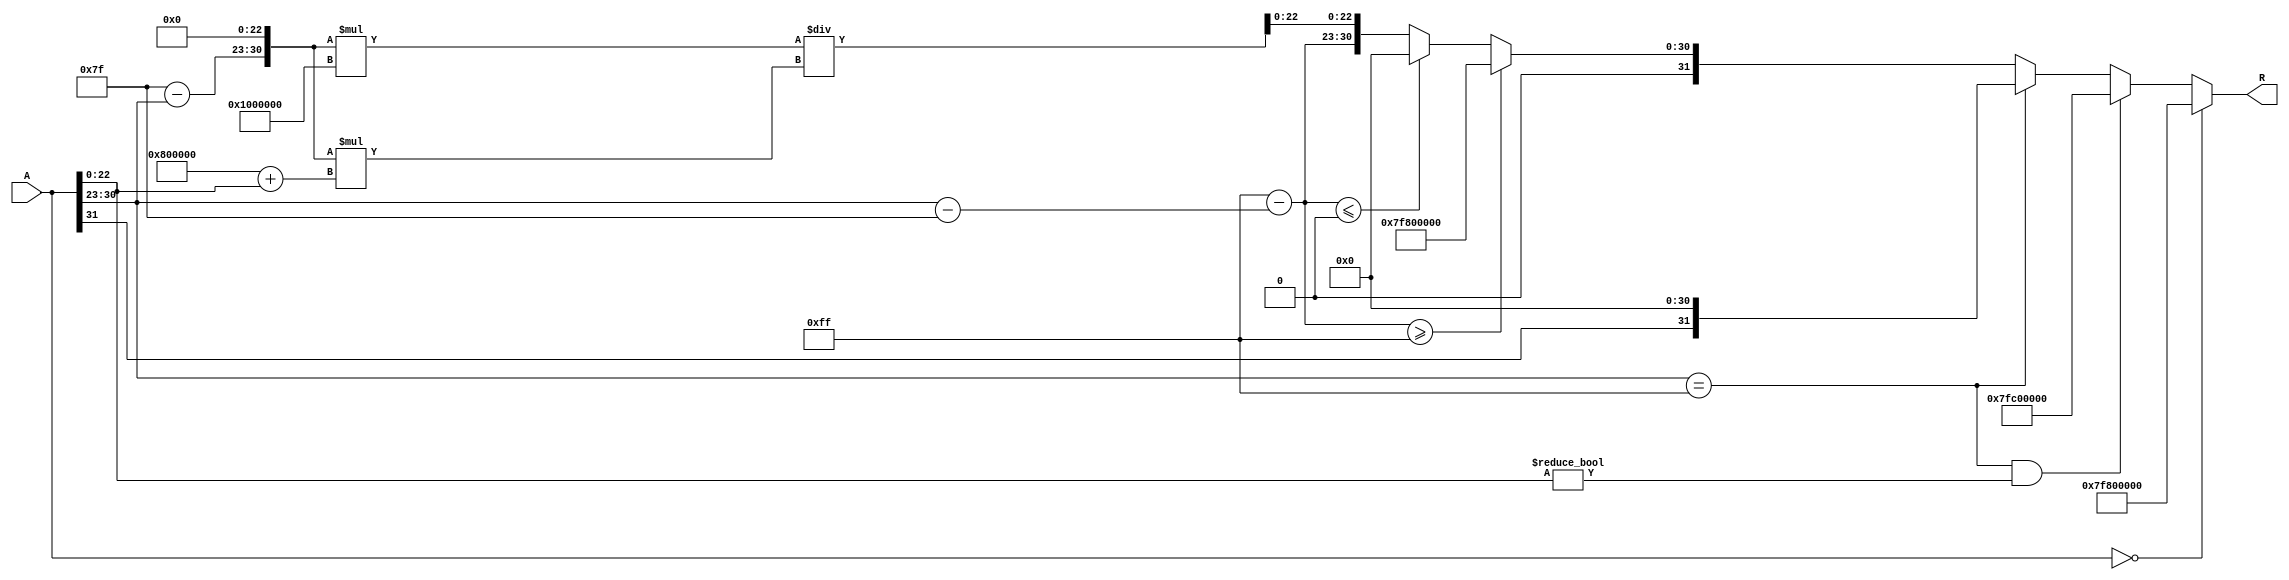
module floating_point_reciprocal (
    input  [31:0] A,  // Input: 32-bit IEEE 754 floating-point number
    output reg [31:0] R // Output: 32-bit IEEE 754 floating-point reciprocal
);

    // Internal signals
    reg [7:0] E_A; // Exponent of input A
    reg [22:0] M_A; // Mantissa of input A
    reg S_A; // Sign of input A
    reg [7:0] E_R; // Exponent of output R
    reg [22:0] M_R; // Mantissa of output R
    reg S_R; // Sign of output R
    reg [31:0] approx; // Approximation of reciprocal
    reg [31:0] temp; // Temporary variable for calculations
    reg [7:0] exp_diff; // Difference in exponent for normalization

    // Constants
    localparam ZERO = 32'h00000000;
    localparam INF = 32'h7F800000;
    localparam NaN = 32'h7FC00000;

    always @(*) begin
        // Decompose input A
        S_A = A[31];
        E_A = A[30:23];
        M_A = A[22:0];

        // Handle special cases
        if (A == ZERO) begin
            // If A is zero, output should be infinity with the same sign
            R = S_A ? INF : {1'b0, 8'hFF, 23'b0}; // -INF or +INF
        end else if (A[30:23] == 8'hFF && A[22:0] != 23'b0) begin
            // If A is NaN, propagate NaN
            R = NaN;
        end else if (A[30:23] == 8'hFF) begin
            // If A is infinity, output should be zero with the same sign
            R = {S_A, 8'b0, 23'b0}; // -0 or +0
        end else begin
            // Normal case: calculate reciprocal
            // Initial approximation using bit manipulation (fast inverse)
            approx = {1'b0, 8'h7F - E_A, 23'b0}; // Initial approximation
            
            // Newton-Raphson iteration (1 iteration for simplicity)
            temp = approx * (2**23 + M_A); // Multiply by (1 + M_A)
            approx = approx * (2**24) / temp; // Refine approximation

            // Decompose the approximation
            S_R = 0; // Reciprocal is always positive
            E_R = 255 - (E_A - 127); // Adjust exponent for reciprocal
            M_R = approx[22:0]; // Use the mantissa from the approximation

            // Normalize the result
            if (E_R >= 255) begin
                // Overflow case, set to infinity
                R = {S_R, 8'hFF, 23'b0};
            end else if (E_R <= 0) begin
                // Underflow case, set to zero
                R = {S_R, 8'b0, 23'b0};
            end else begin
                // Normal case, combine sign, exponent, and mantissa
                R = {S_R, E_R, M_R};
            end
        end
    end
endmodule